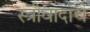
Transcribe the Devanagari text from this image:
स्त्रीवादांचे